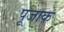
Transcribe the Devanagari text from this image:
पूजाक